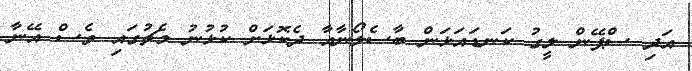
އަދި ސްޕޭން ލީގު ކަނޑައަޅަން ބާސެލޯނާއާ ދެކޮޅަށް ކުޅުނު މެޗުގައި ވެސް އޭނާ